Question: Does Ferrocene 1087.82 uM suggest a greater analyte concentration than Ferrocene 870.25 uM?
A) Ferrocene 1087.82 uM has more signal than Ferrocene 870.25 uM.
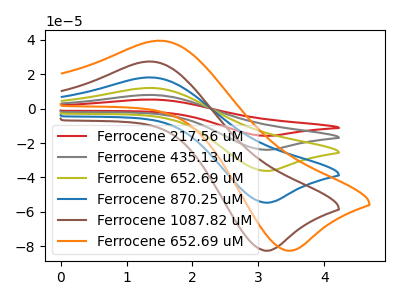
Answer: <think>The red curve "Ferrocene 217.56 uM" has an anodic peak at (1.35V, 72.25uA) and a cathodic peak at (3.15V, -218.45uA). The gray curve "Ferrocene 435.13 uM" has an anodic peak at (1.35V, 54.20uA) and a cathodic peak at (3.15V, -163.85uA). The olive curve "Ferrocene 652.69 uM" has an anodic peak at (1.35V, 36.15uA) and a cathodic peak at (3.15V, -109.25uA). The blue curve "Ferrocene 870.25 uM" has an anodic peak at (1.35V, 18.05uA) and a cathodic peak at (3.15V, -54.60uA). The brown curve "Ferrocene 1087.82 uM" has an anodic peak at (1.35V, 27.30uA) and a cathodic peak at (3.15V, -82.50uA). The orange curve "Ferrocene 652.69 uM" has an anodic peak at (1.50V, 39.35uA) and a cathodic peak at (3.50V, -82.50uA).
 All the peaks in "Ferrocene 1087.82 uM" have a peak in "Ferrocene 870.25 uM" at the same potential. Every peak in "Ferrocene 1087.82 uM" is higher than every peak in "Ferrocene 870.25 uM".</think>
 <answer>A) "Ferrocene 1087.82 uM" has more signal than "Ferrocene 870.25 uM".</answer>
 <eval>A</eval>